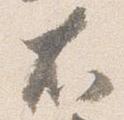
右